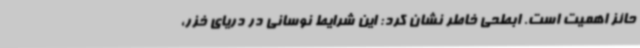
حائز اهمیت است. ابطحی خاطر نشان کرد: این شرایط نوسانی در دریای خزر،